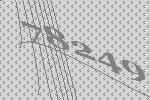
78249